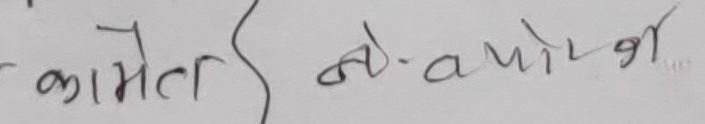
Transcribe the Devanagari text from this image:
कामेल ने- आयोग